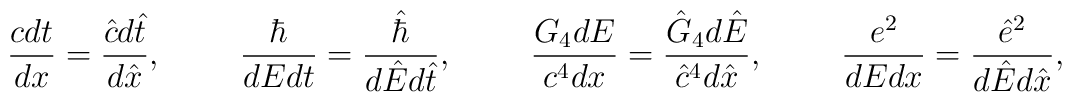
{{cdt}\over{dx}}={{\hat{c}d\hat{t}}\over{d\hat{x}}},\ \ \ \ \ \ \ {\hbar\over{dEdt}}={\hat{\hbar}\over{d\hat{E}d\hat{t}}},\ \ \ \ \ \ \ {{G_4dE}\over{c^4dx}}={{\hat{G}_4d\hat{E}}\over{\hat{c}^4d\hat{x}}},\ \ \ \ \ \ \ {e^2\over{dEdx}}={\hat{e}^2\over{d\hat{E}d\hat{x}}},